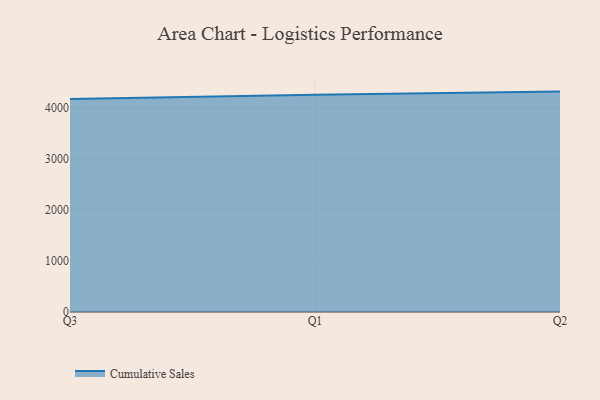
{"axis": {"x": "Quarter", "y": "Headcount"}, "legend": ["Cumulative Sales"], "data": [{"x": "Q3", "y": 4170.4, "type": "Cumulative Sales"}, {"x": "Q1", "y": 4253.8, "type": "Cumulative Sales"}, {"x": "Q2", "y": 4316.5, "type": "Cumulative Sales"}]}